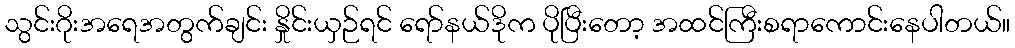
သွင်းဂိုးအရေအတွက်ချင်း နှိုင်းယှဉ်ရင် ရော်နယ်ဒိုက ပိုပြီးတော့ အထင်ကြီးစရာကောင်းနေပါတယ်။